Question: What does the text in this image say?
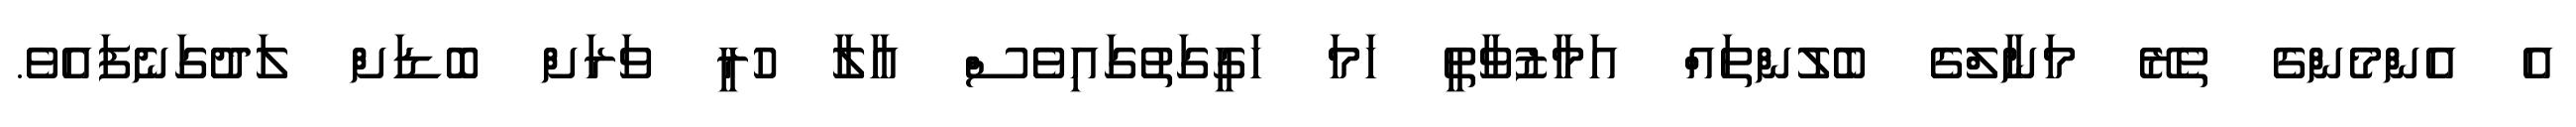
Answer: އެ އެންމެންގެ ތެރޭ މަނާލްގެ ބެލުންތައް އަމާޒުވާތީ ހަމަ ހަގީގަތުގައިވެސް އާލާ ހުރީ ވަރަށް ބޮޑަށް ލަދުގަނެފައެވެ.